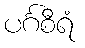
ပင်္ဂစီရံ